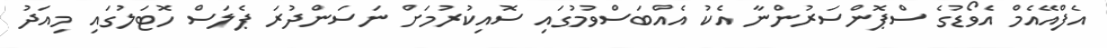
އެފްއޭއެމް އެވޯޑުގެ ސްޕޮންސަރުންނާ އެކު އެއްބަސްވުމުގައި ސޮއިކުރުމަށް ނަސަންދުރަ ޕެލަސް ހޮޓަލުގައި މިއަދު